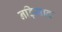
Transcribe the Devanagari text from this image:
नड़ियाद